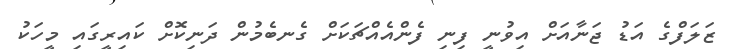
ޒަލަފްގެ އަޑު ޖަނާއަށް އިވުނީ ފިނި ފެންއެއްޗަކަށް ގެނބެމުން ދަނިކޮށް ކައިރީގައި މީހަކު